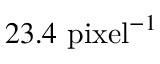
2 3 . 4 ~ \mathrm { p i x e l } ^ { - 1 }